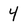
Character: 4